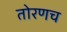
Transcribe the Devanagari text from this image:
तोरणच